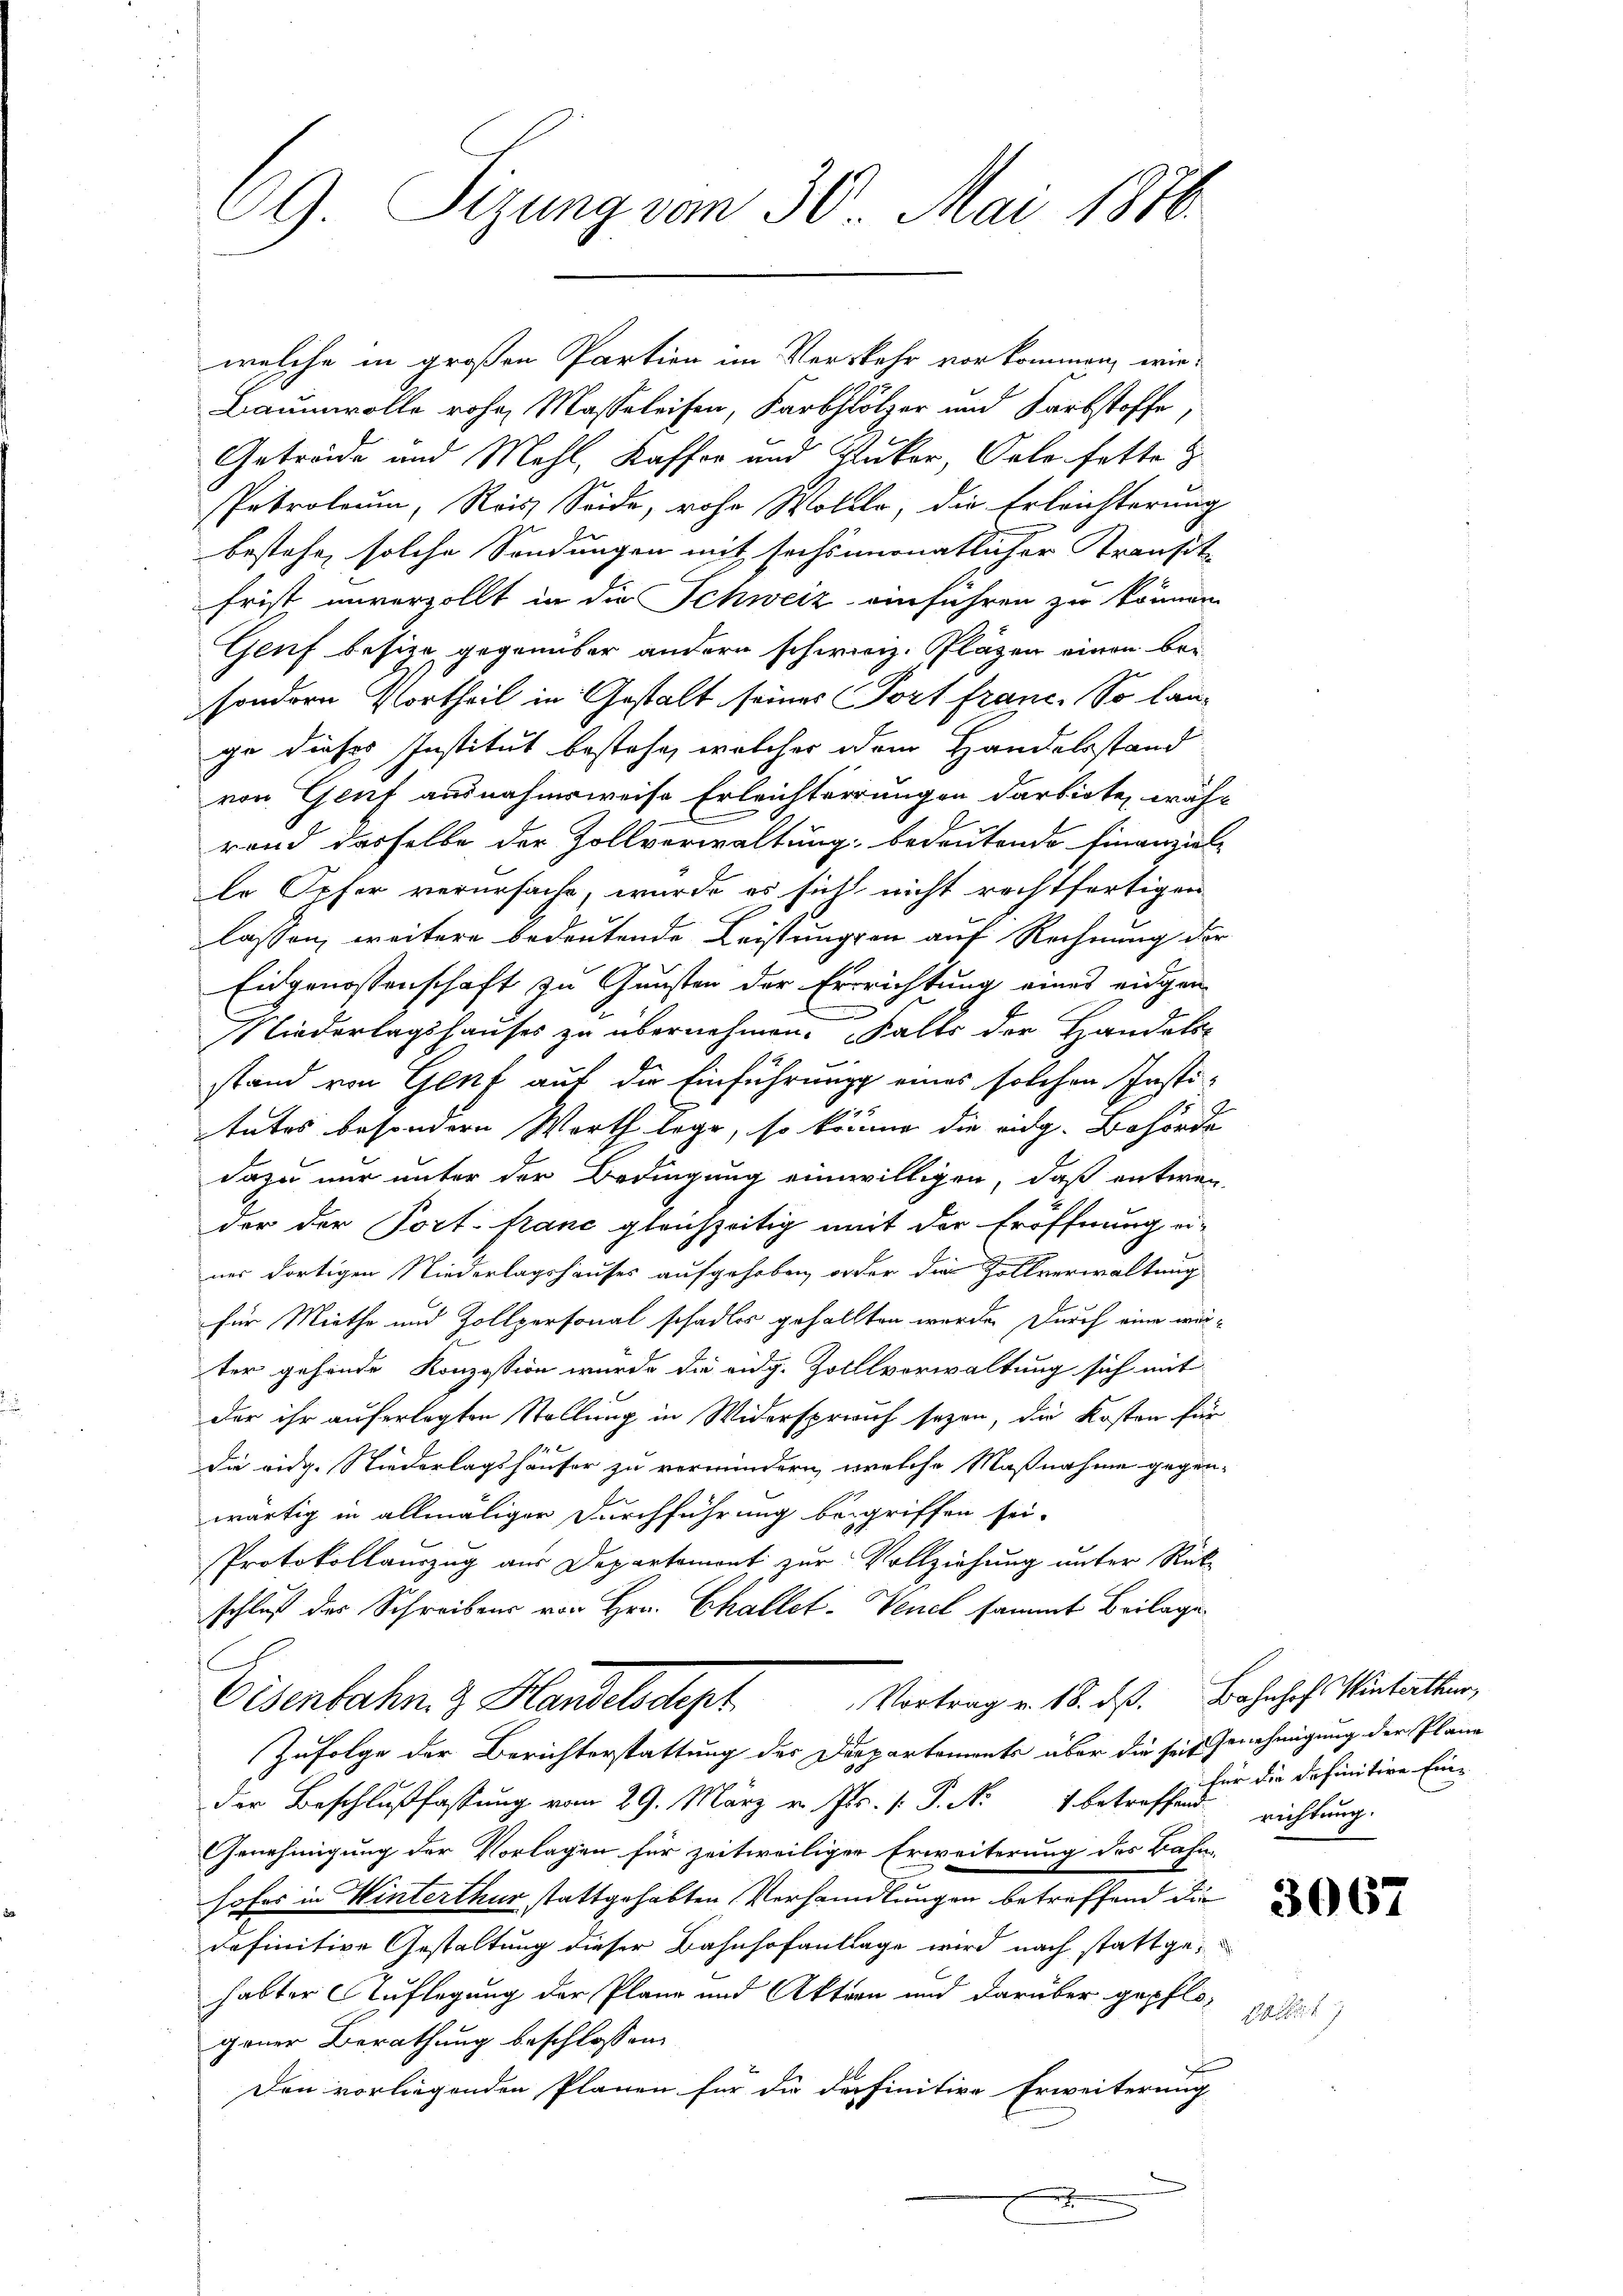
69 Sizung vom 30. Mai 1876.

welche in großen Partien im Verkehr vorkommen, wie-
Baumwolle rohe Masseleisen, Farbhölzer und Farbstoffe,
Getreide und Mehl, Kaffer und Pukar, Polo hette z
sPatroleum, Reis Seide, rohe Wollte, die Erleichterung
bestehe, solche Sendungen mit sechsmonatlicher Transitz
frist unverzollt in die Schweiz einführen zu können
Geuf besize gegenüber andern schweiz. Pläzen einen bei
sondern Vortheil in Gestalt seines Port franc. So lange dieses Institut bestehe, welcher dem Handelsstand
von Genf ausnahmsweise Erleichterungen darbiete, währ
rend dasselbe der Zollverwaltung bedeutende Finanziel
le Opfer verursache, wurde es sich nicht rechtfertigen
lassen, weitere bedeutende Leistungen auf Rechnung der
Eidgenossenschaft zu Gunsten der Errrichtung eines eidgen
Niederlagshauses zu übernehmen. Falls der Handels-
stand von Genf auf die Einführungs eines solchen Institutes besondern Werth lege, so könne die eidg. Behörde
dazu nur unter der Bedingung einwilligen, daß entwen-
der der Port: franc gleichzeitig mit der Eröffnung ei-
nes dortigen Niederlagshauses aufgehoben, oder die Zollverwaltung
für Miethe und Zollpersonal schadlos gehallten werde. Durch eine werter gehende Konzession wurde die eidg. Zollverwaltung sich mit
der ihr auferlegten Stellung in Widerspruch seyen, die Kosten für
Die eidg. Niederlagshäuser zu vermindern, welche Maßnahme gegenwärtig in allmäliger Durchführung begriffen sei.
Protokollauszug aus Departemonti zur Vollziehung unter Rückschluß der Schreibens von Hrn. Challet-Venel sammt Beilage
s
Eisenbahn 3 Handelsdept Vortrag v. 18. ds. Bahnhof. Mentritter,
Zufolge der Berichterstattung des Departements über die seit Genehmigung der Plane
der Beschlußfassung vom 29. März v. Js. (: P. N. 1 betreffend richtung
Genehmigung der Vorlagen für zeitweiliger Erweiterung des Bahn-
hofes in Winterthur stattgehabten Verhandlungen betreffend die
definitive Gestaltung dieser Bahnhofanlage wird nach stattgehabter Auflegung der Plane und Akten und darüber gepflo-
gener Berathung beschlossen:
Den vorliegenden Plänen für die definitive Erweiterung

für die definitive Eine

s